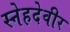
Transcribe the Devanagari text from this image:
स्नेहदेवीर